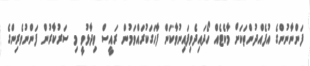
ފަންނާނުންގެ އުފެއްދުންތަކަށް މާކެޓެއް ހޯދައިދެވިފައިނުވާކަން ފާހަގަކުރައްވަމުން ރައީސް ވިދާޅުވީ މި ސަރުކާރުން ފަންނުވެރިންގެ